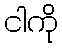
ငါကို